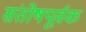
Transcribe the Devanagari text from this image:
संतोषपूर्वक